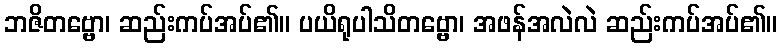
ဘဇိတဗ္ဗော၊ ဆည်းကပ်အပ်၏။ ပယိရုပါသိတဗ္ဗော၊ အဖန်အလဲလဲ ဆည်းကပ်အပ်၏။